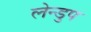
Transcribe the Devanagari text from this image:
लेन्डुप